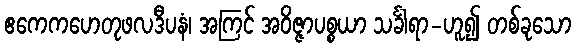
ဧကေကဟေတုဖလဒီပနံ၊ အကြင် အဝိဇ္ဇာပစ္စယာ သင်္ခါရာ-ဟူ၍ တစ်ခုသော